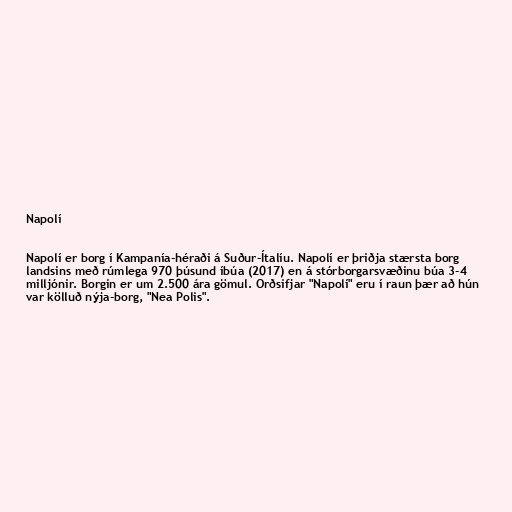
Napolí

Napolí er borg í Kampanía-héraði á Suður-Ítalíu. Napolí er þriðja stærsta borg
landsins með rúmlega 970 þúsund íbúa (2017) en á stórborgarsvæðinu búa 3-4
milljónir. Borgin er um 2.500 ára gömul. Orðsifjar "Napolí" eru í raun þær að hún
var kölluð nýja-borg, "Nea Polis".